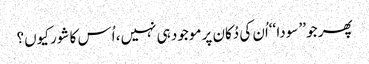
پھر جو ’’ سودا ‘‘اُن کی دُکان پر موجود ہی نہیں، اُس کا شور کیوں؟